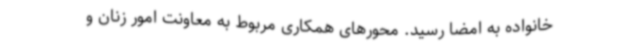
خانواده به امضا رسید. محورهای همکاری مربوط به معاونت امور زنان و